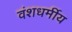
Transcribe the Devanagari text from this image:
वंशधर्मीय